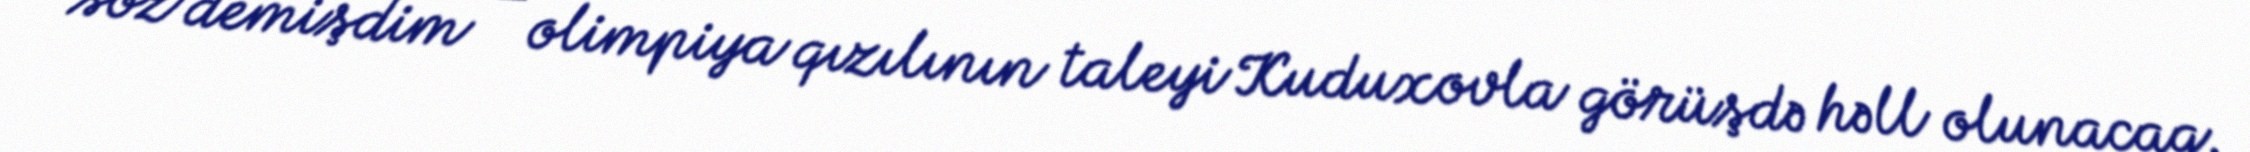
söz demişdim – olimpiya qızılının taleyi Kuduxovla görüşdə həll olunacaq.